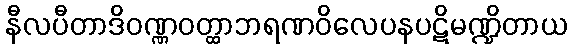
နီလပီတာဒိဝဏ္ဏဝတ္ထာဘရဏဝိလေပနပဋိမဏ္ဍိတာယ